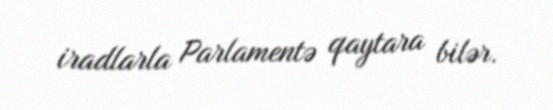
iradlarla Parlamentə qaytara bilər.